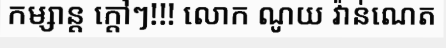
កម្សាន្ត ក្តៅៗ!!! លោក ណូយ វ៉ាន់ណេត